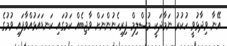
އޭނާ ވިދާޅުވީ ހުކުރު ނަމާދަކީ މުސްލިމް ފިރިހެނުންނަށް ވާޖިބެއް ކަމުގައި ކަނޑައަޅުއްވާފައި ވުމުގެ